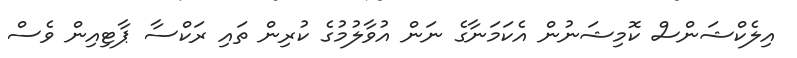
އިލެކްޝަންސް ކޮމިޝަނުން އެކަމަނާގެ ނަން އުވާލުމުގެ ކުރިން ތައި ރަކްސާ ޕާޓިއިން ވެސް